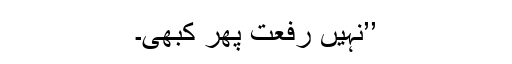
’’نہیں رفعت پھر کبھی۔